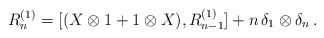
\begin{align*}R_n^{(1)} = [(X \otimes 1 + 1 \otimes X) , R_{n-1}^{(1)}] + n \, \delta_1 \otimes \delta_n \, . \end{align*}